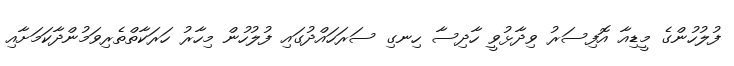
ފުލުހުންގެ މީޑިއާ އޮފިސަރު ވިދާޅުވީ ހާދިސާ ހިނގި ސަރަހައްދުގައި ފުލުހުން މިހާރު ހަރަކާތްތެރިވަމުންދާކަމަށާއި